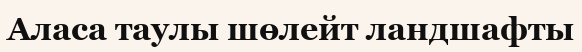
Аласа таулы шөлейт ландшафты